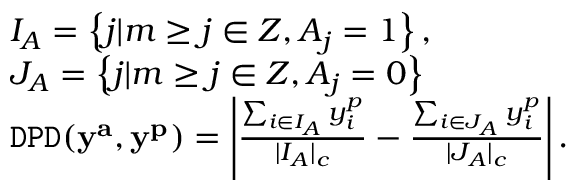
\begin{array} { r l } & { I _ { A } = \left\{ j | m \geq j \in Z , A _ { j } = 1 \right\} , } \\ & { J _ { A } = \left\{ j | m \geq j \in Z , A _ { j } = 0 \right\} } \\ & { { \tt D P D } ( \mathbf { y ^ { a } } , \mathbf { y ^ { p } } ) = \left| \frac { \sum _ { i \in I _ { A } } y _ { i } ^ { p } } { | I _ { A } | _ { c } } - \frac { \sum _ { i \in J _ { A } } y _ { i } ^ { p } } { | J _ { A } | _ { c } } \right| . } \end{array}